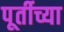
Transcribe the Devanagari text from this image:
पूर्तीच्या